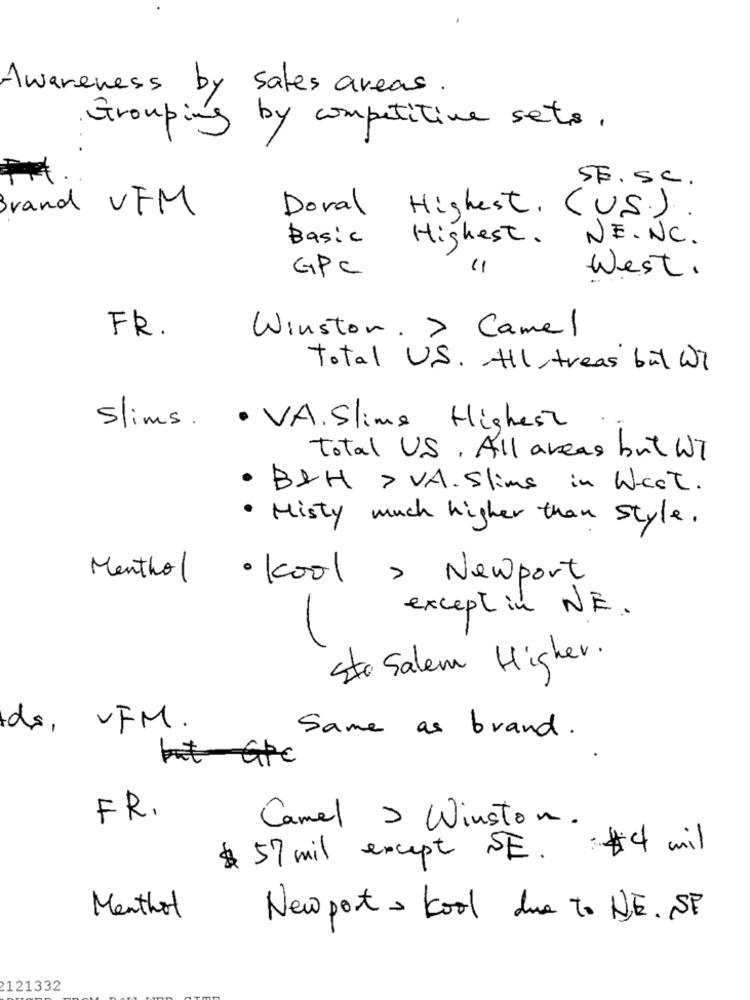
Awareness by sales areas .
Grouping
by competitive sets .
SE. Sc.
Brand VFM
Doval Highest. (U.S.) .
Basic
Highest.
NE. NC.
GPC
West .
FR.
Winston. > Camel
total U.S. All treas but We
Slims. . VA.Slime Highest
total U.S. All areas but WT
· B&H > VA. Slims in West.
· Misty much higher than Style.
Menthol · Kool , Newport
except in NE.
Sto Salem Higher.
de, UFM .
Same as brand.
but GPC
FR.
Camel > Winston.
$ 57 mil except SE. #4 mil
Menthol
New port = kool due to NE. SF
121332